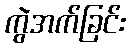
ကွဲအက်ခြင်း